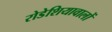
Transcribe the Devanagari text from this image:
रोडेशियावालों